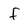
Character: f